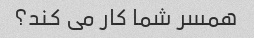
همسر شما کار می کند؟